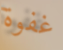
غفوة